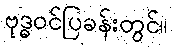
ဗုဒ္ဓဝင်ပြခန်းတွင်။